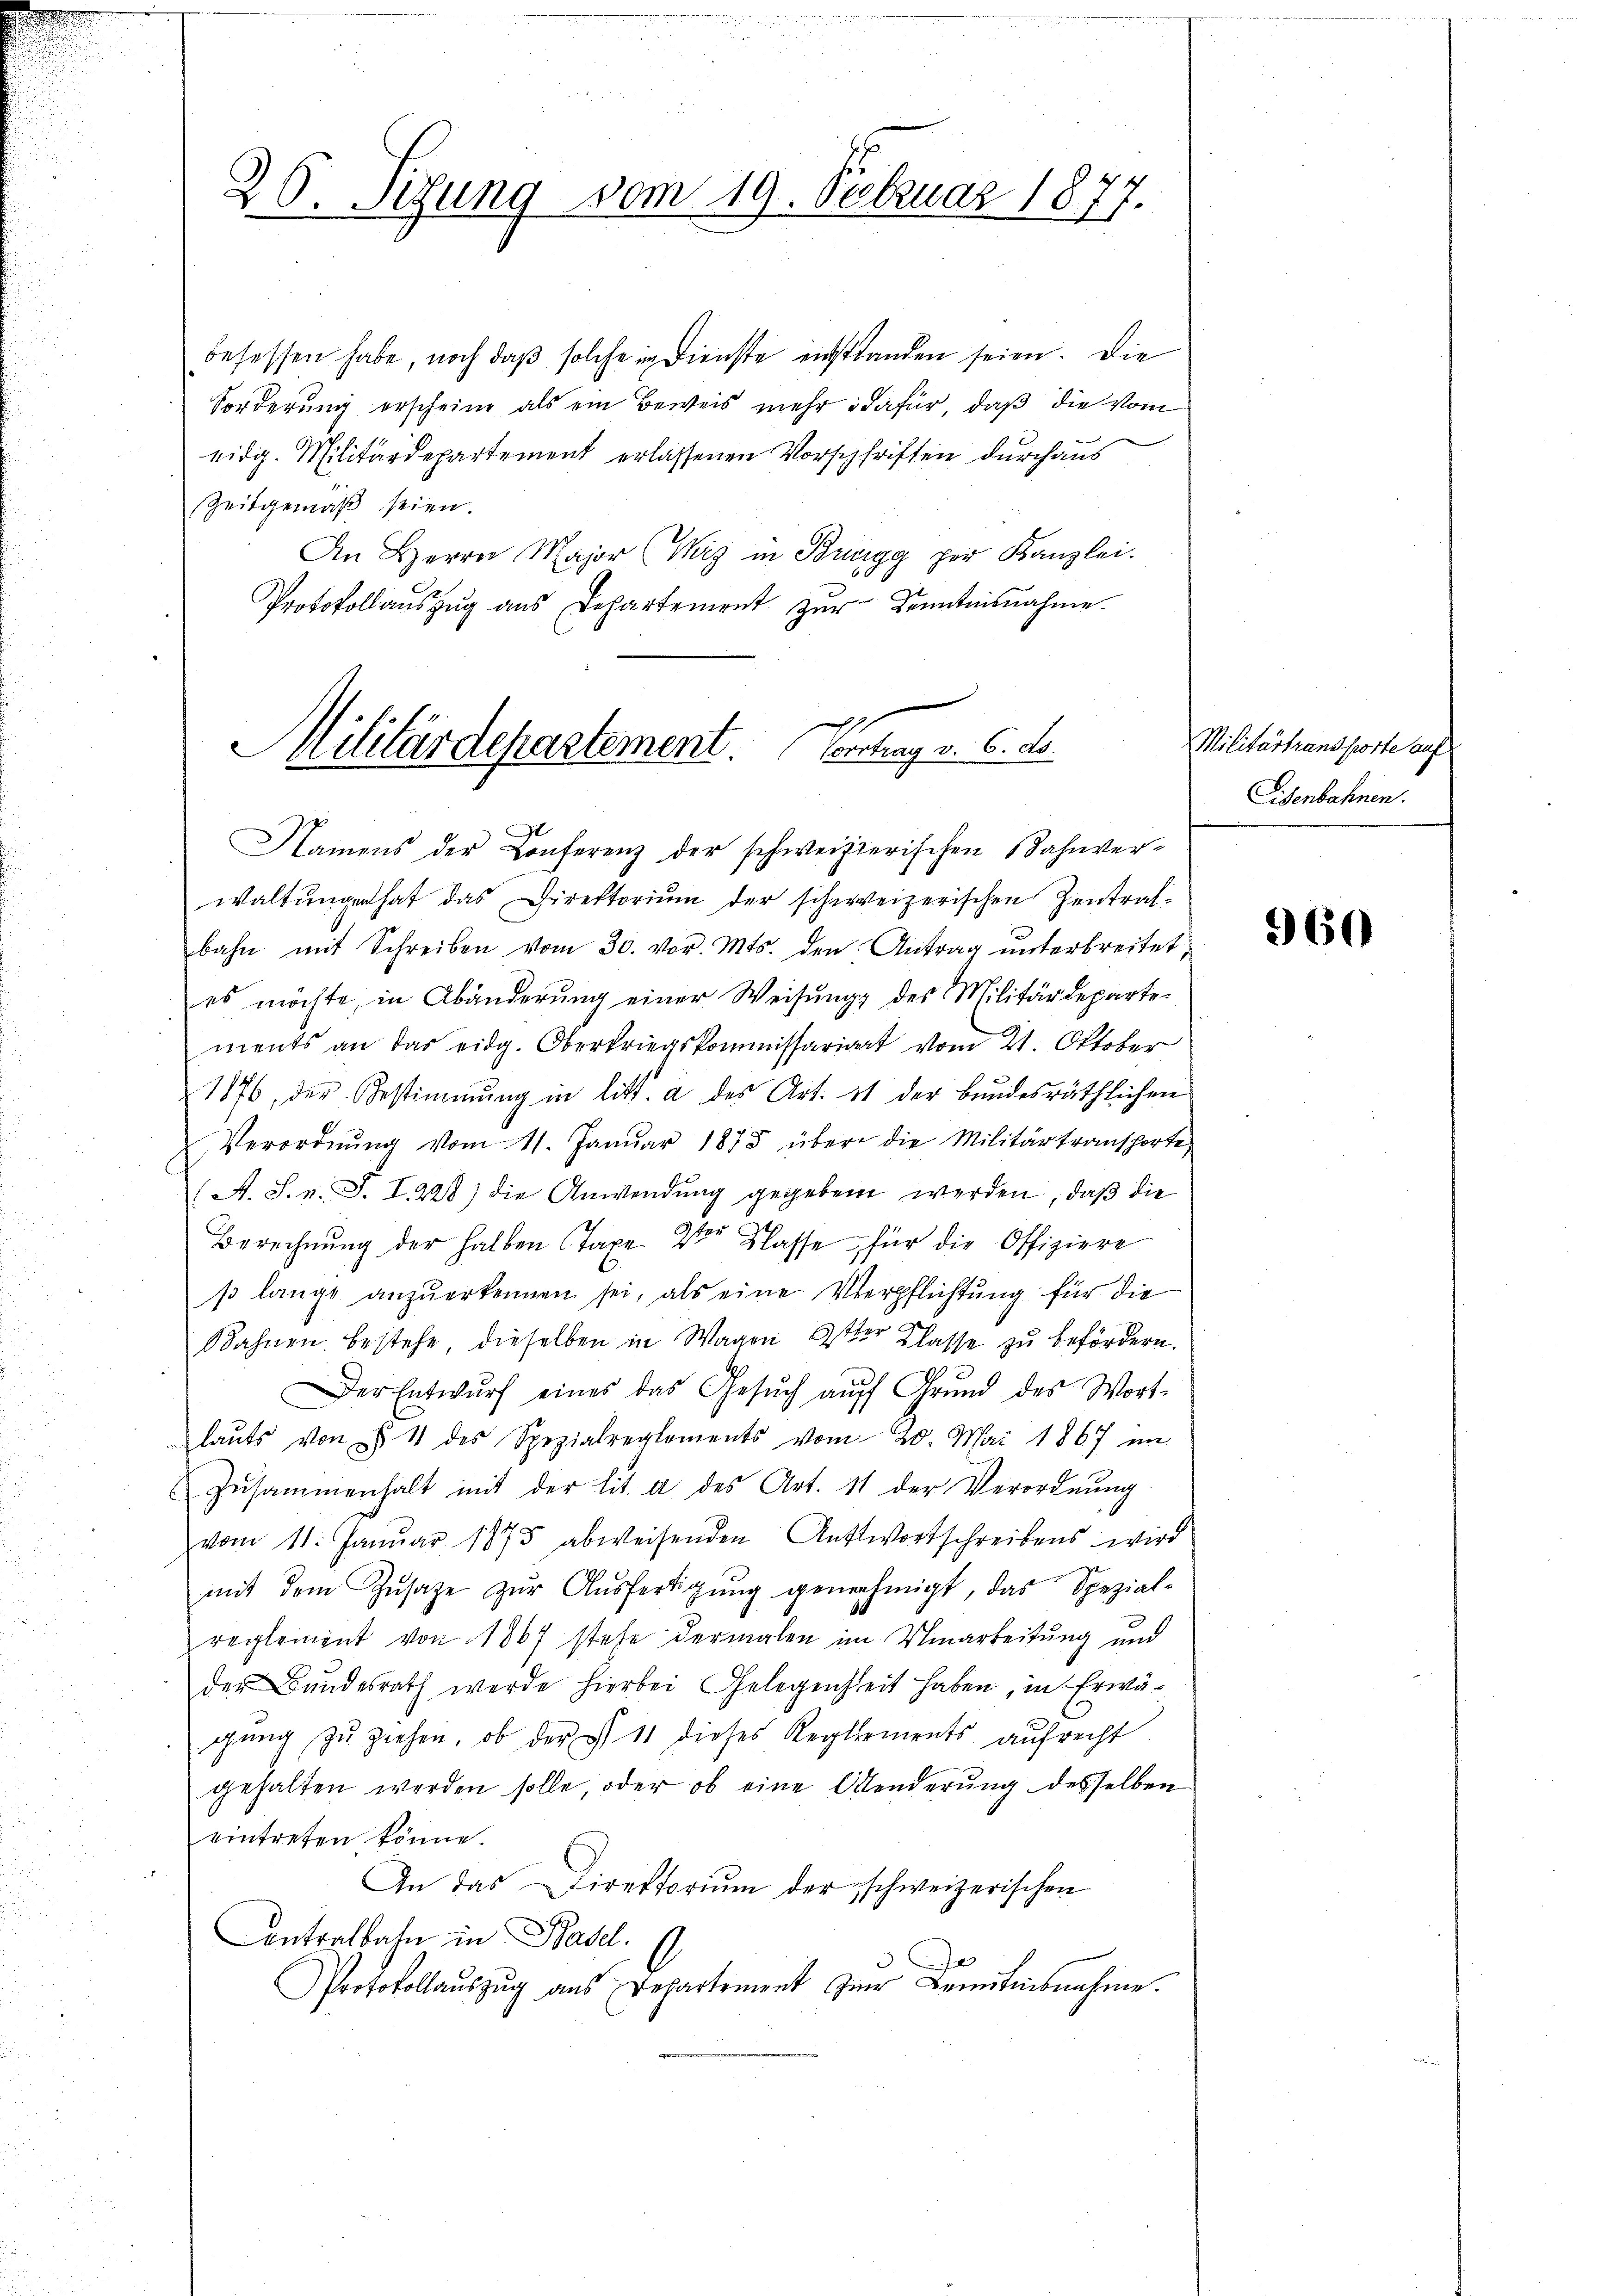
20. Segung vom 19. Februar 1877.

besessen habe, noch daß solche in Dienste entstanden seien. Die
Forderung erscheine als ein Beweis mehr dafür, daß die vom
eidg. Militärdepartement erlassenen Vorschriften durchaus
Zeitgemäß seien.
An Herrn Major (Wirz in Bingg per Kanzlei.
Protokoll aŭszŭg aŭs Departement zŭr Kenntnisnahme.
c
Militärdepartement Contrag v. 6. ds.

Namens der Conferenz der schweizerischen Bahnver¬

waltungen hat das Direktorium der schweizerischen Zentralbahn mit Schreiben vom 30. vor. Mts. den Antrag ŭnterbreitet
es möchte, in Abänderŭng einer Weisŭng des Militärdeparte-
ments an das eidg. Oberkriegskommissariat vom 21. Oktober
1876, der Bestimmung in litt. a des Art. 11 der Bŭndesräthlichen
Verordnŭng vom 11. Janŭar 1875 über die Militärtransporte
A. S. v. J. I. 228) die Anwendung gegeben werden, daß die
Berechnung der halben Taxe 2tr Klasse für die Offiziere
so lange anzŭerkennen sei, als eine Verpflichtung für die
Bahnen bestehe dieselben in Wagen 2ter Klasse zu befördern.
Der Entwŭrf eines das Gesŭch aŭf Grŭnd des Wort-
laŭts von § 1 des Spezialreglements vom 20. Mai 1867 im
Zusammenhalt mit der lit. a des Art. 11 der Verordnung
vom 11. Januar 1875 abweisenden Antwortschreibens wird
mit dem Zusatze zŭr Aŭsfertigung genehmigt, das Spezial-
reglement von 1867 stehe dermalen im Minarbeitung und
der Bundesrath werde hierbei Gelegenheit haben, in Erwä-
gung zu ziehen, ob der § 11 dieses Reglements aufrecht
gehalten werden solle, oder ob eine Aenderung desselben
eintreten könne.
An das Direktoriŭm der schweizerischen
Contralbahn in Basel.
Protokollauszug aus Departement zur Domiteisnahme.

Militärtransporte auf
Eisenbahnen.

960